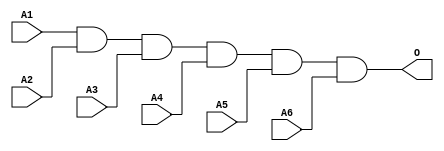
module JAND6B(A1, A2, A3, A4, A5, A6, O);
input   A1;
input   A2;
input   A3;
input   A4;
input   A5;
input   A6;
output  O;
and g0(O, A1, A2, A3, A4, A5, A6);
endmodule